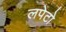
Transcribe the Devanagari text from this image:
लपेटो